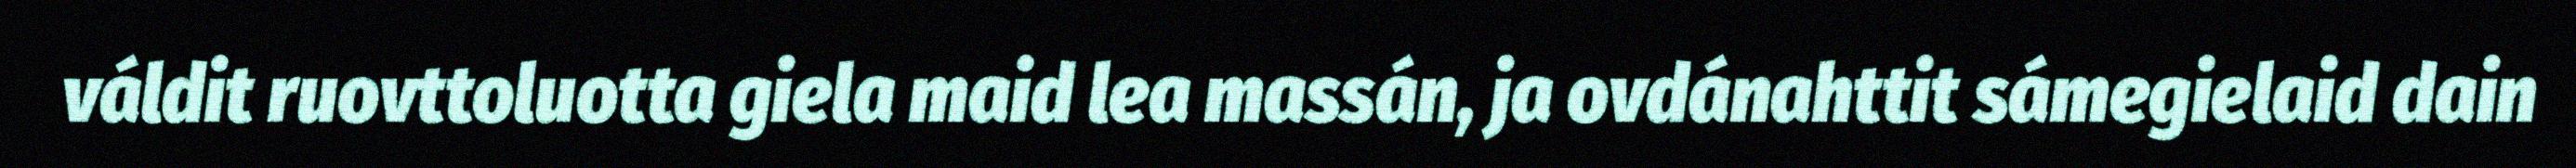
váldit ruovttoluotta giela maid lea massán, ja ovdánahttit sámegielaid dain